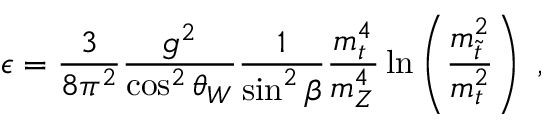
\epsilon = \frac { 3 } { 8 \pi ^ { 2 } } \frac { g ^ { 2 } } { \cos ^ { 2 } \theta _ { W } } \frac { 1 } { \sin ^ { 2 } \beta } \frac { m _ { t } ^ { 4 } } { m _ { Z } ^ { 4 } } \ln \left( \frac { m _ { \tilde { t } } ^ { 2 } } { m _ { t } ^ { 2 } } \right) \ ,